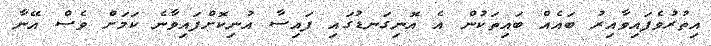
އިތުރުވެފައިވާއިރު ބައެއް ބައިތަކުން އެ އޮނިގަނޑުގައި ފައިސާ އުނިކޮށްފައިވާނެ ކަމަށް ވެސް އޭނާ